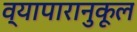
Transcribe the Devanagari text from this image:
व्यापारानुकूल